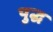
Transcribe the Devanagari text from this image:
पुद्ध